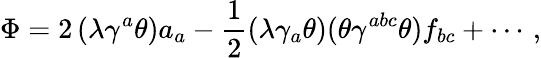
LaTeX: \Phi=2\left(\lambda\gamma^{a}\theta\right)a_{a}-\frac{1}{2}(\lambda\gamma_{a}\theta)(\theta\gamma^{abc}\theta)f_{bc}+\cdots\, ,